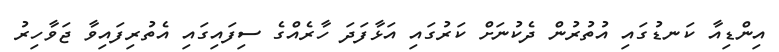
އިންޑިއާ ކަނޑުގައި އުތުރުން ދެކުނަށް ކަރުގައި އަޅާފަދަ ހާރެއްގެ ސިފައިގައި އެތުރިފައިވާ ޖަވާހިރު